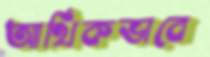
আর্থিকভাবে